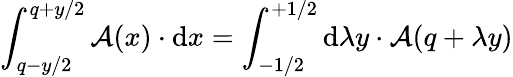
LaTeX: \int_{q-y/2}^{q+y/2}{\cal A}(x)\cdot\mathrm{d}{x}=\int_{-1/2}^{+1/2}\mathrm{d}{\lambda}y\cdot{\cal A}(q+\lambda y)